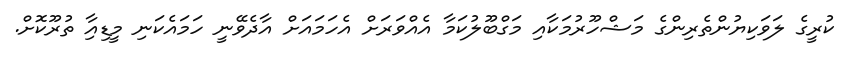
ކުރީގެ ލަވަކިޔުންތެރިންގެ މަޝްހޫރުމަކާއި މަގްބޫލުކަމާ އެއްވަރަށް އެހަމައަށް އާދެވޭނީ ހަމައެކަނި މީޑިއާި ތުރޫކޮށް.